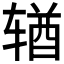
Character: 𬨎